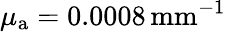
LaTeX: \mu_{{\mathrm a}}=0.0008\, \mathrm{{mm}^{-1}}